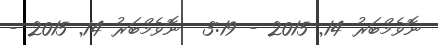
ނޮވެމްބަރު 14